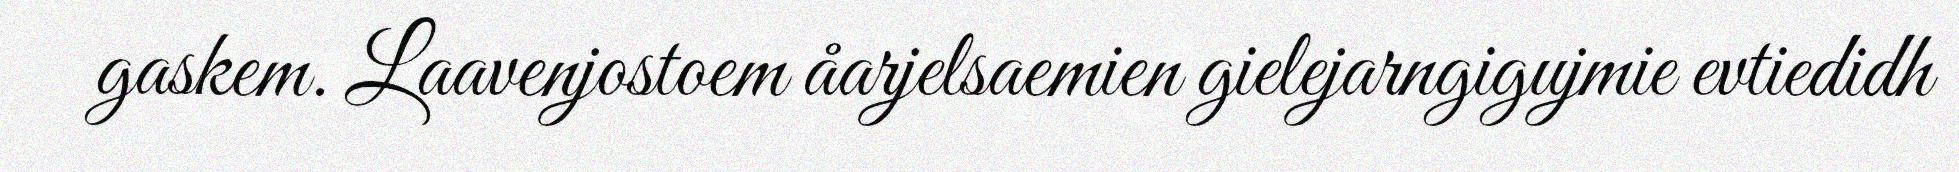
gaskem. Laavenjostoem åarjelsaemien gielejarngigujmie evtiedidh